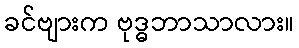
ခင်ဗျားက ဗုဒ္ဓဘာသာလား။